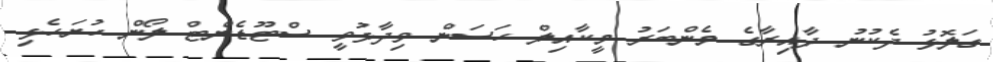
ގަލޮޅު ދެކުނު ދާއިރާގެ މެންބަރު މީކާއިލް ހަސަން ވިދާޅުވީ ސްޓޫޑެންޓް ލޯން ހުށަހެޅި